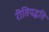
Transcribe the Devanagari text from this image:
रीतिपद्धति